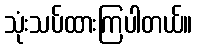
သုံးသပ်ထားကြပါတယ်။